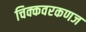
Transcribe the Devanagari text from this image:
चिक्कवरकणज